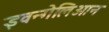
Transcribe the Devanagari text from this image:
इवन्गेलिओन